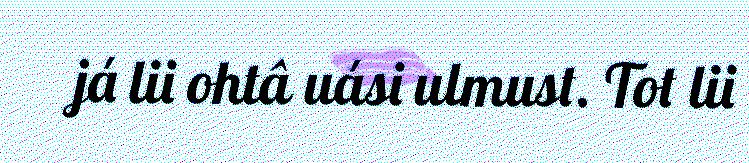
já lii ohtâ uási ulmust. Tot lii